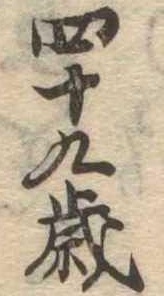
四十九歳